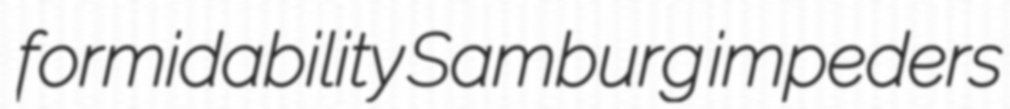
formidability Samburg impeders